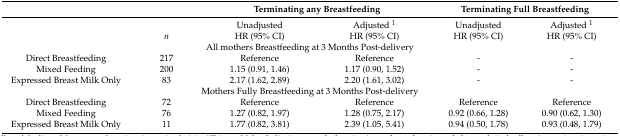
|  |  | <COLSPAN=2> Terminating any Breastfeeding | <COLSPAN=2> Terminating Full Breastfeeding |
 | --- | --- | --- | --- | --- | --- |
 |  |  | Unadjusted | Adjusted 1 | Unadjusted | Adjusted 1 |
 |  | n | HR (95% CI) | HR (95% CI) | HR (95% CI) | HR (95% CI) |
 | <COLSPAN=6> All mothers Breastfeeding at 3 Months Post-delivery |
 | Direct Breastfeeding | 217 | Reference | Reference | - | - |
 | Mixed Feeding | 200 | 1.15 (0.91, 1.46) | 1.17 (0.90, 1.52) | - | - |
 | Expressed Breast Milk Only | 83 | 2.17 (1.62, 2.89) | 2.20 (1.61, 3.02) | - | - |
 | <COLSPAN=6> Mothers Fully Breastfeeding at 3 Months Post-delivery |
 | Direct Breastfeeding | 72 | Reference | Reference | Reference | Reference |
 | Mixed Feeding | 76 | 1.27 (0.82, 1.97) | 1.28 (0.75, 2.17) | 0.92 (0.66, 1.28) | 0.90 (0.62, 1.30) |
 | Expressed Breast Milk Only | 11 | 1.77 (0.82, 3.81) | 2.39 (1.05, 5.41) | 0.94 (0.50, 1.78) | 0.93 (0.48, 1.79) |